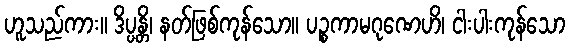
ဟူသည်ကား။ ဒိပ္ပန္တိ၊ နတ်ဖြစ်ကုန်သော။ ပဉ္စကာမဂုဏေဟိ၊ ငါးပါးကုန်သော